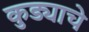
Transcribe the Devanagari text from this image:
कुड्याचे